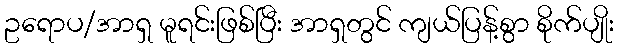
ဥရောပ/အာရှ မူရင်းဖြစ်ပြီး အာရှတွင် ကျယ်ပြန့်စွာ စိုက်ပျိုး